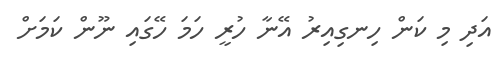
އަދި މި ކަން ހިނގިއިރު އޭނާ ހުރީ ހަމަ ހޭގައި ނޫން ކަމަށް